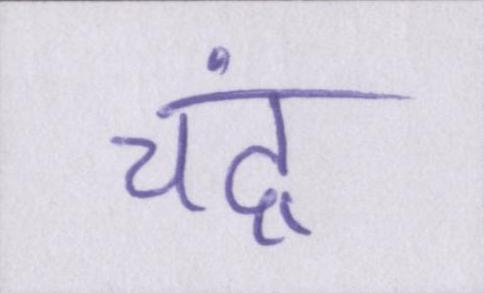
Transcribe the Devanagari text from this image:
चंद्र